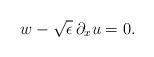
LaTeX: \begin{align*}w - \sqrt{\epsilon}\, \partial_x u = 0.\end{align*}